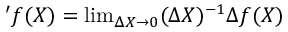
' f ( X ) = \mathrm { l i m } _ { \Delta X \rightarrow 0 } ( \Delta X ) ^ { - 1 } \Delta f ( X )